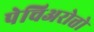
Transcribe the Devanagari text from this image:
पेचिअरोत्तो